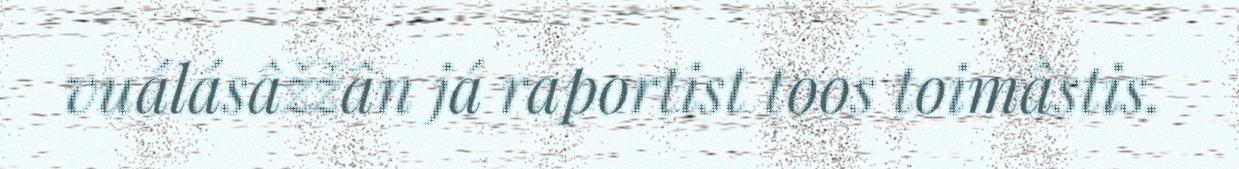
vuálásâžžân já raportist toos toimâstis.